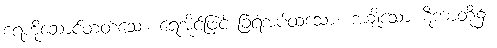
ရေကိုဆောင်တတ်သော ရေအိုင်ဖြင့် ခြံရံအပ်ထသော။ အချို့သော ဋီကာတို့၌။